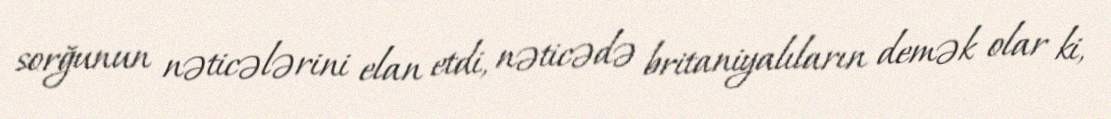
sorğunun nəticələrini elan etdi, nəticədə britaniyalıların demək olar ki,